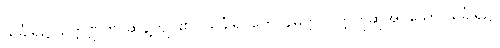
သင်္ခါရ၌။ ဥက္ကဏ္ဌတိ၊ ဆန့်ကျင်၏။ သင်္ခါရဂတေ၊ နိမိတ္တပဝတ္တဟုဆိုအပ်သော သင်္ခါရ၌။